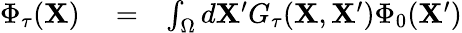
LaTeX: \begin{array}{rlr}{\Phi_{\tau}(\mathbf{X})}&{{}=}&{\int_{\Omega}d\mathbf{X}^{\prime}G_{\tau}(\mathbf{X},\mathbf{X}^{\prime})\Phi_{0}(\mathbf{X}^{\prime})}\end{array}